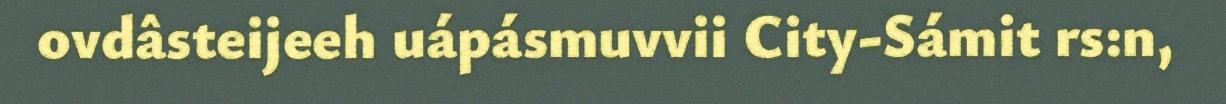
ovdâsteijeeh uápásmuvvii City-Sámit rs:n,